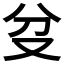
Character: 𠬰